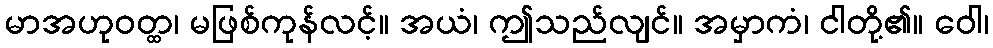
မာအဟုဝတ္ထ၊ မဖြစ်ကုန်လင့်။ အယံ၊ ဤသည်လျင်။ အမှာကံ၊ ငါတို့၏။ ဝေါ၊